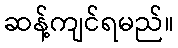
ဆန့်ကျင်ရမည်။